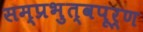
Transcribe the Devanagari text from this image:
सम्प्रभुत्वपूर्ण